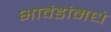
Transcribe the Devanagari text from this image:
भावंडांमधे